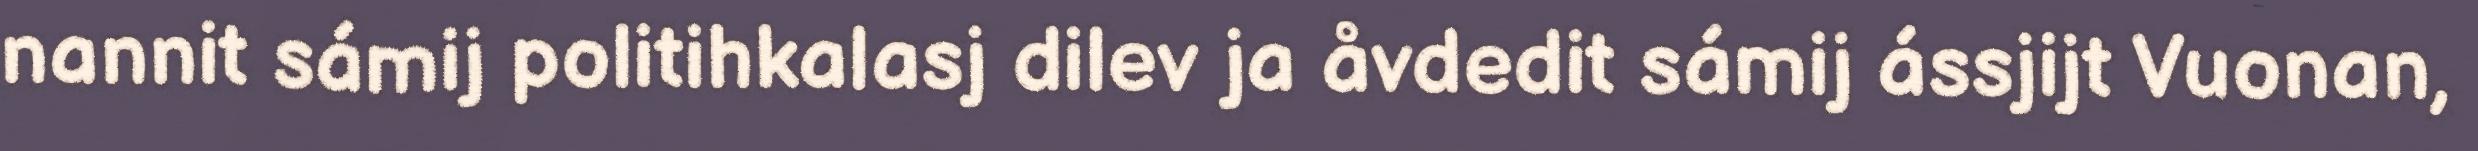
nannit sámij politihkalasj dilev ja åvdedit sámij ássjijt Vuonan,